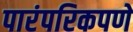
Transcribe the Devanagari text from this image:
पारंपरिकपणे